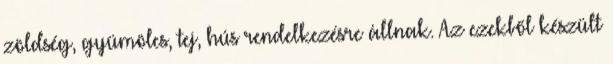
zöldség, gyümölcs, tej, hús rendelkezésre állnak. Az ezekből készült